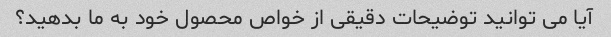
آیا می توانید توضیحات دقیقی از خواص محصول خود به ما بدهید؟